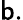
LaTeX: \mathsf{b}.